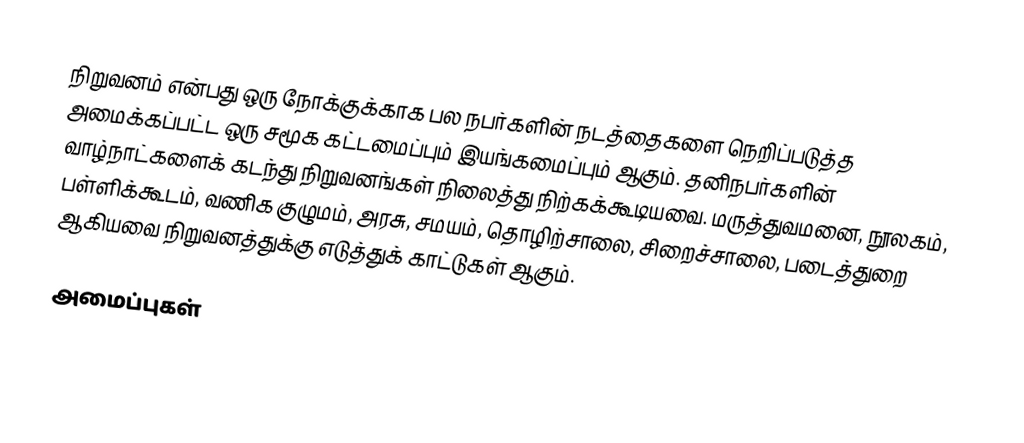
நிறுவனம் என்பது ஒரு நோக்குக்காக பல நபர்களின் நடத்தைகளை நெறிப்படுத்த அமைக்கப்பட்ட ஒரு சமூக கட்டமைப்பும் இயங்கமைப்பும் ஆகும். தனிநபர்களின் வாழ்நாட்களைக் கடந்து நிறுவனங்கள் நிலைத்து நிற்கக்கூடியவை. மருத்துவமனை, நூலகம், பள்ளிக்கூடம், வணிக குழுமம், அரசு, சமயம், தொழிற்சாலை, சிறைச்சாலை, படைத்துறை ஆகியவை நிறுவனத்துக்கு எடுத்துக் காட்டுகள் ஆகும்.

அமைப்புகள்